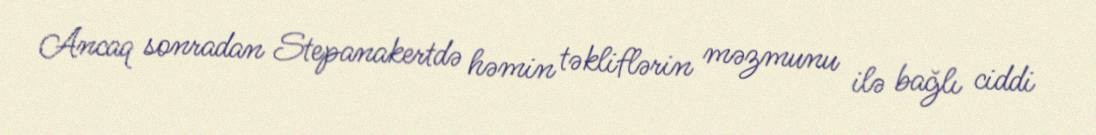
Ancaq sonradan Stepanakertdə həmin təkliflərin məzmunu ilə bağlı ciddi